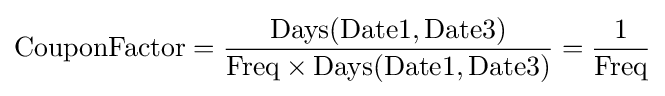
\mathrm {CouponFactor} ={\frac {\mathrm {Days} (\mathrm {Date1} ,\mathrm {Date3} )}{\mathrm {Freq} \times \mathrm {Days} (\mathrm {Date1} ,\mathrm {Date3} )}}={\frac {1}{\mathrm {Freq} }}